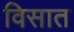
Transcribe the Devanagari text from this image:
विसात